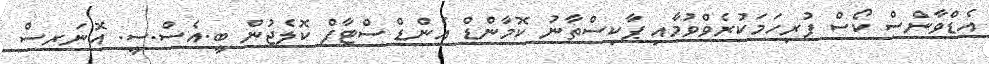
އެޑްވާންސް ކޯސް ފުރިހަމަކުރެވްވުމާއި ޕާކިސްތާނު ކޮމާންޑް އެންޑް ސްޓާފް ކޮލެޖުން ބީ.އެސް.ސީ. އޮނަރސް